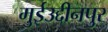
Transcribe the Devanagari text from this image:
मुईउद्दीनपुर